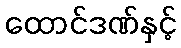
ထောင်ဒဏ်နှင့်